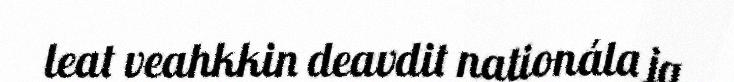
leat veahkkin deavdit nationála ja